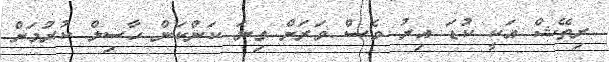
ރިތޭޝް އަކީ ކުޑަ އިރު ވެސް ވަރަށް ގިނަ ކަންކަން ހާސިލް ކުރުމަށް